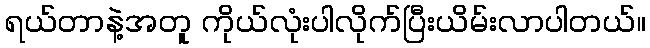
ရယ်တာနဲ့အတူ ကိုယ်လုံးပါလိုက်ပြီးယိမ်းလာပါတယ်။